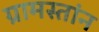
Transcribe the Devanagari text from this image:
ग्रामस्तांन